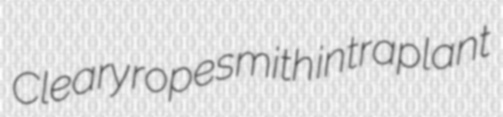
Cleary ropesmith intraplant